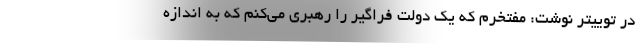
در توییتر نوشت: مفتخرم که یک دولت فراگیر را رهبری می‌کنم که به اندازه